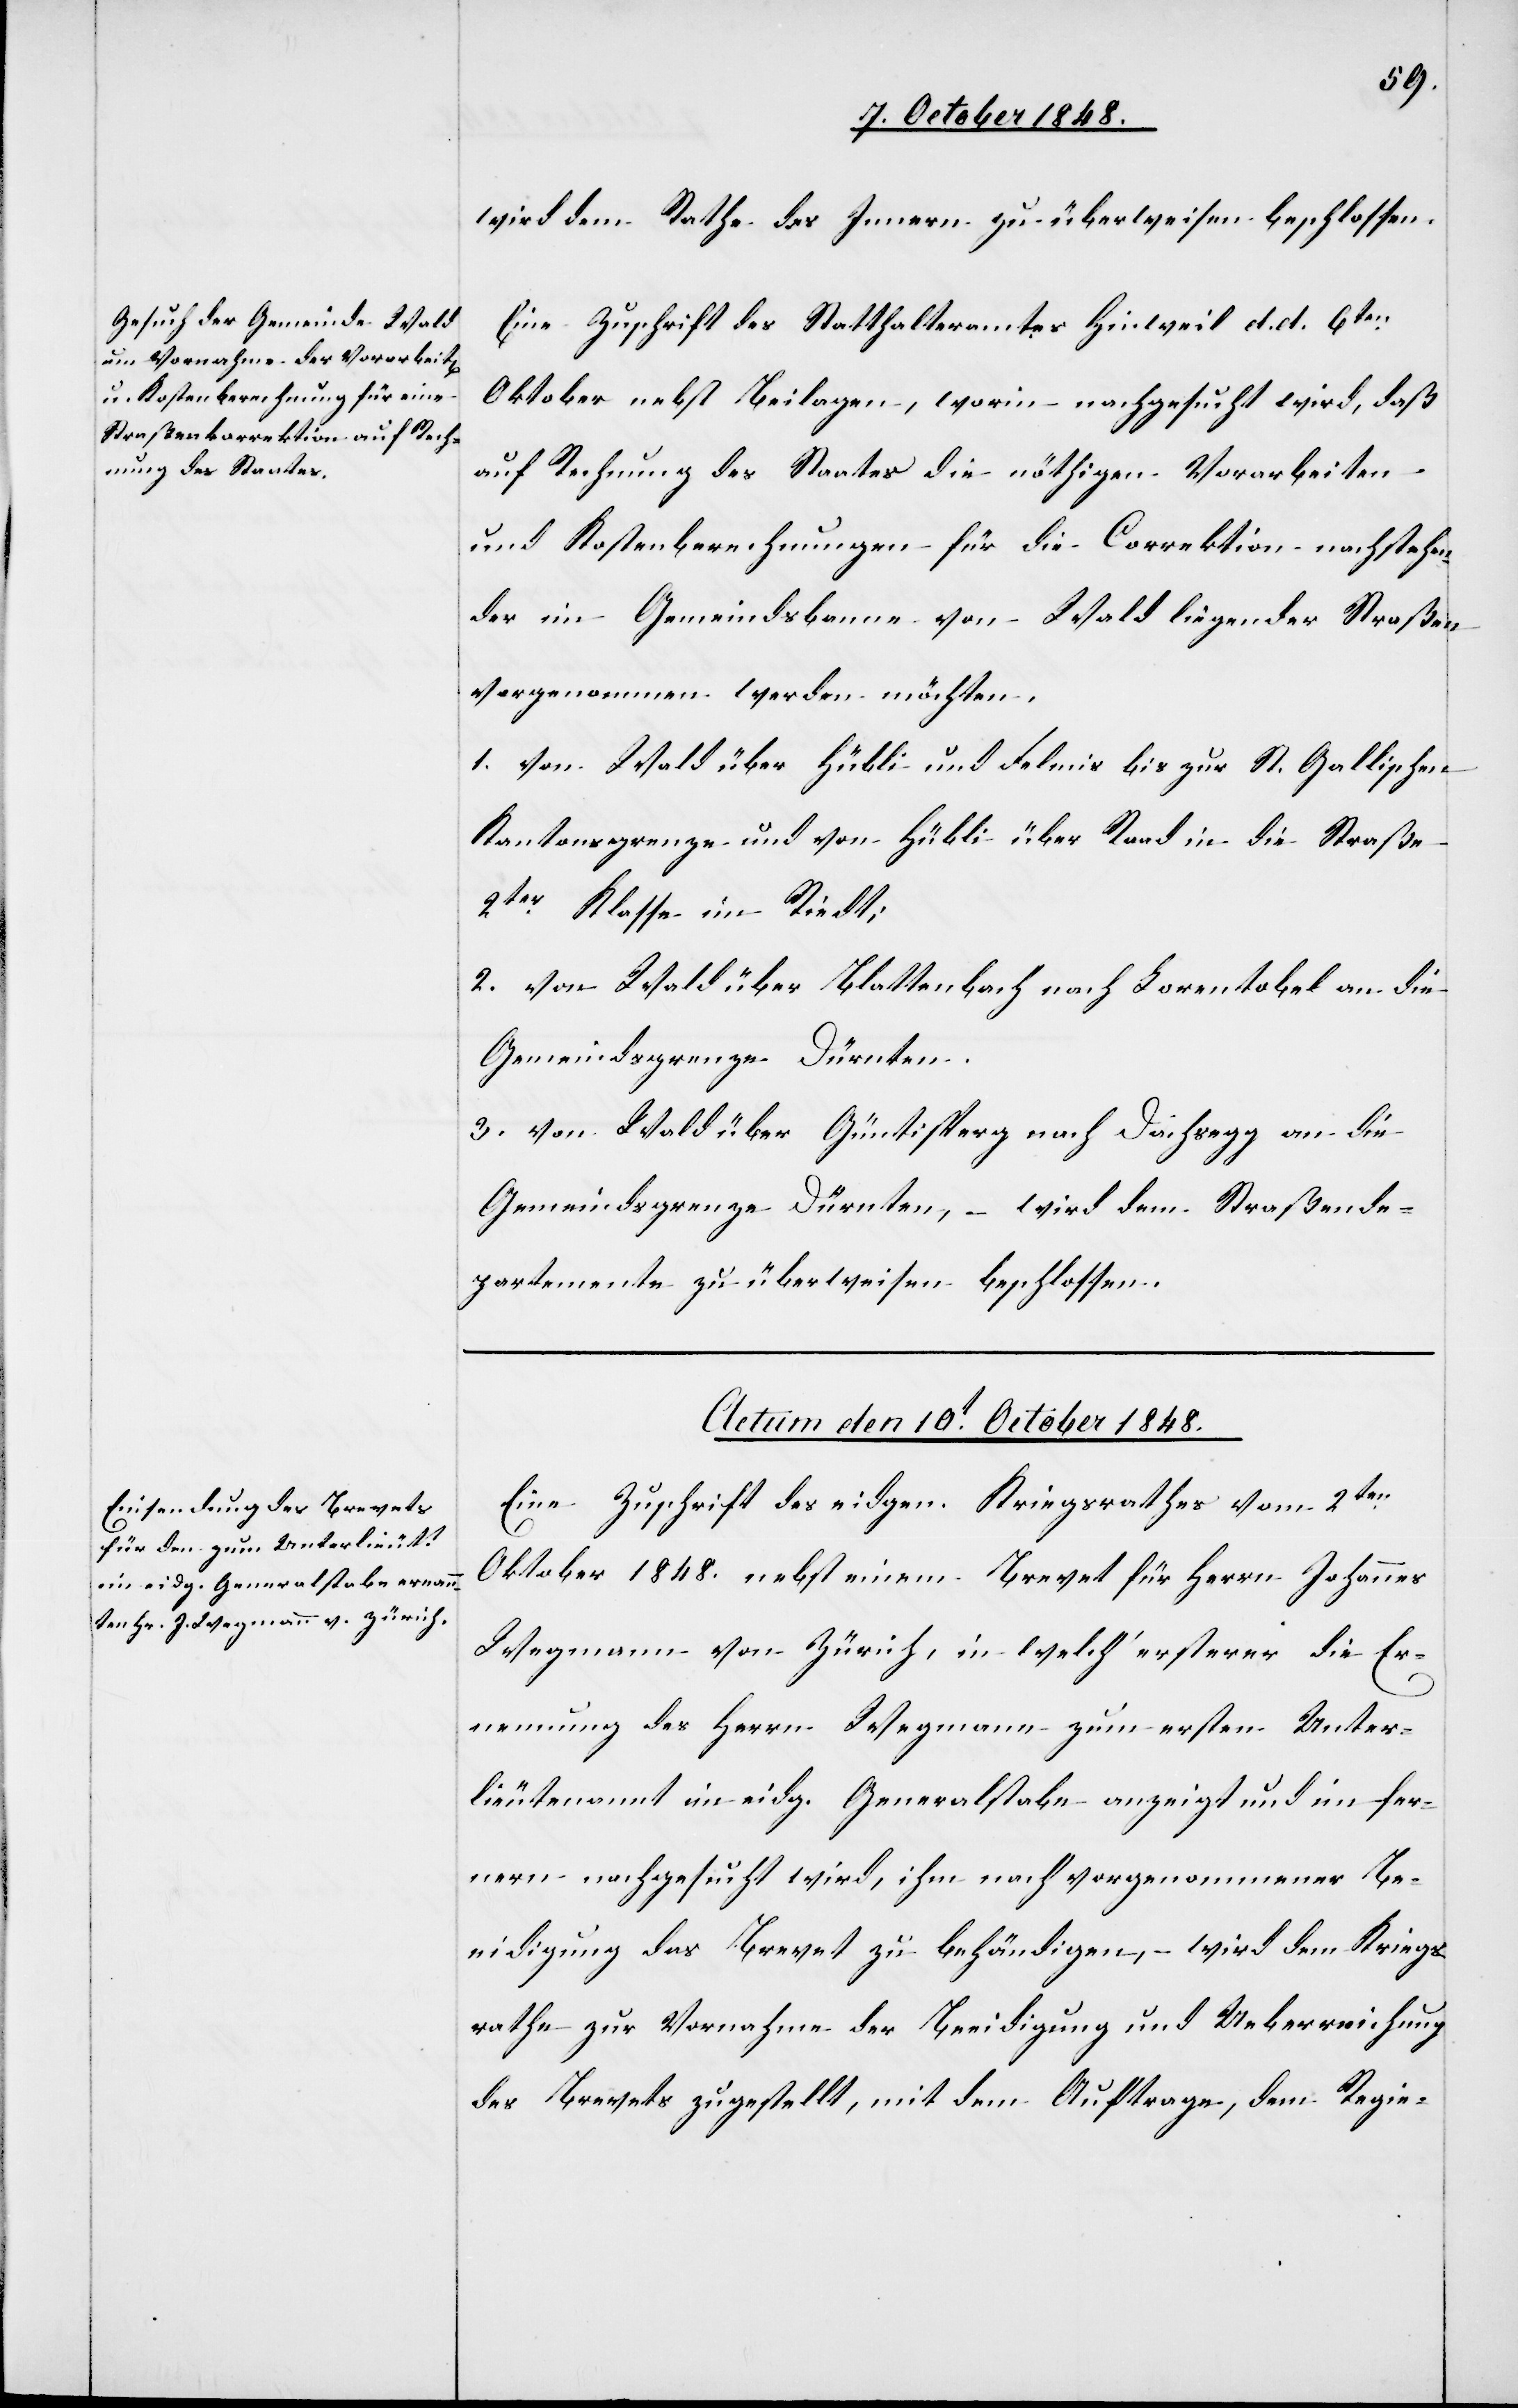
wird dem Rathe des Innern zu überweisen beschlossen.
Eine Zuschrift des Statthalteramtes Hinweil d. d. 6ten
Oktober nebst Beilagen, worin nachgesucht wird, daß
auf Rechnung des Staates die nöthigen Vorarbeiten
und Kostenberechnungen für die Correktion nachstehen¬
der im Gemeindsbanne von Wald liegender Straßen
vorgenommen werden möchten.
1. von Wald über Hübli und Felmis bis zur St. Gallischen
Kantonsgrenze und von Hübli über Raad in die Straße
2ter Klasse im Riedt;
2. von Wald über Blattenbach nach Lorentobel an die
Gemeindsgrenze Dürnten.
3. von Wald über Gütisperg nach Dachsegg an die
Gemeindsgrenze Dürnten, – wird dem Straßende¬
partemente zu überweisen beschlossen.
Actum den 10t October 1848.
Eine Zuschrift des eidgen. Kriegsrathes vom 2ten
Oktober 1848. nebst einem Brevet für Herrn Johannes
Wegmann von Zürich, in welch’ ersterer die Er¬
nennung des Herrn Wegmann zum ersten Unter¬
lieutenannt im eidg. Generalstabe anzeigt und im fer¬
nern nachgesucht wird, ihm nach vorgenommener Be¬
eidigung das Brevet zu behändigen, wird dem Kriegs¬
rathe zur Vornahme der Beeidigung und Ueberreichung
des Brevets zugestellt, mit dem Auftrage, dem Regie-